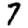
Digit: 7